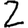
Digit: 2